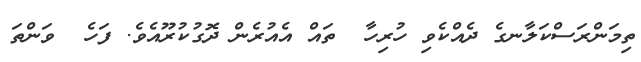
ތިމަންރަސްކަލާނގެ ދެއްކެވި ހުރިހާ  ތައް އެއުރެން ދޮގުކުރޫއެވެ. ފަހެ  ވަންތަ